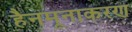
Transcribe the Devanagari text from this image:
हैनमूनाकरण